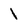
Character: 1